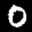
Digit: 0